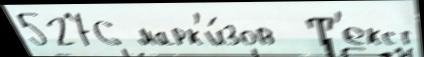
5276 марк'и́зов  Т'екст